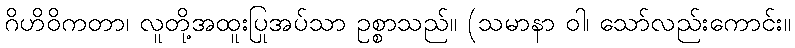
ဂိဟိဝိကတာ၊ လူတို့အထူးပြုအပ်သာ ဥစ္စာသည်။ (သမာနာ ဝါ၊ သော်လည်းကောင်း။